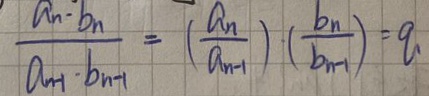
\frac { a _ { n } \cdot b _ { n } } { a _ { n + 1 } \cdot b _ { n } } = ( \frac { a _ { n } } { a _ { n - 1 } } ) \cdot ( \frac { b _ { n } } { a _ { n + 1 } } ) = q